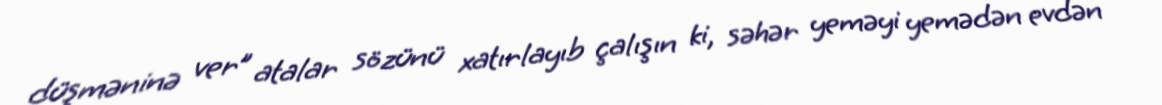
düşməninə ver” atalar sözünü xatırlayıb çalışın ki, səhər yeməyi yemədən evdən